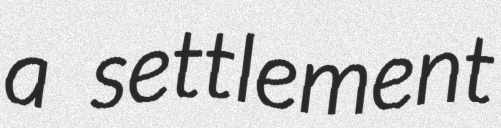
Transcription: a settlement